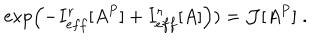
LaTeX: \exp \left( - I _ { e f f } ^ { r } [ A ^ { P } ] + I _ { e f f } ^ { r } [ A ] \right) ) = { \cal J } [ A ^ { P } ] \; .